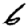
Digit: 6